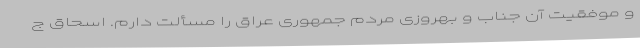
و موفقیت آن جناب و بهروزی مردم جمهوری عراق را مسألت دارم. اسحاق ج